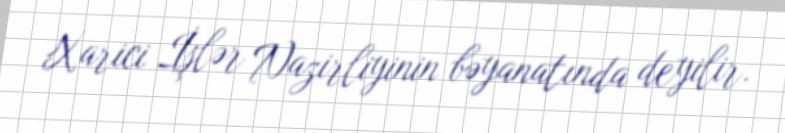
Xarici İşlər Nazirliyinin bəyanatında deyilir.